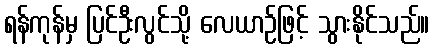
ရန်ကုန်မှ ပြင်ဦးလွင်သို့ လေယာဉ်ဖြင့် သွားနိုင်သည်။